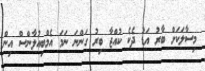
މިސާލަކަށް ބާރު އަޑު ދެކެ ކުއްޖާ ބިރު ގަންނަ ނަމަ އެމްބިއުލާންސް އިން